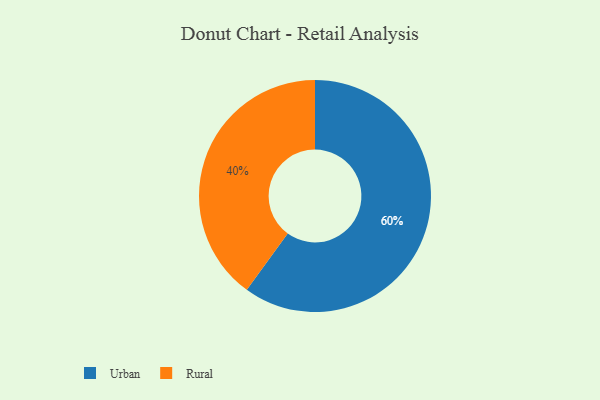
{"axis": {"x": "Category", "y": "Percentage"}, "legend": ["Rural", "Urban"], "data": [{"x": "Rural", "y": 40, "type": "Rural"}, {"x": "Urban", "y": 60, "type": "Urban"}]}